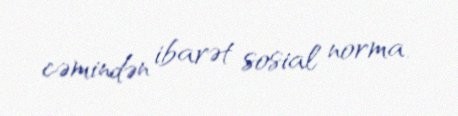
cəmindən ibarət sosial norma.